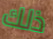
ذلك